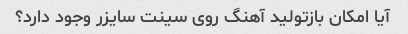
آیا امکان بازتولید آهنگ روی سینت سایزر وجود دارد؟